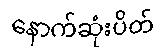
နောက်ဆုံးပိတ်